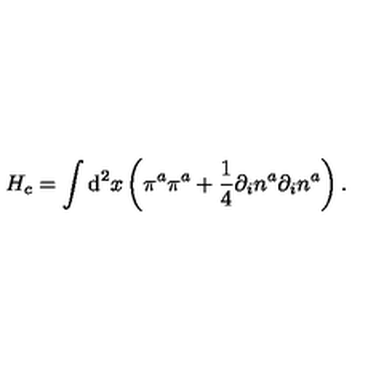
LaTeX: H _ { c } = \int \mathrm { d } ^ { 2 } x \left( \pi ^ { a } \pi ^ { a } + \frac { 1 } { 4 } \partial _ { i } n ^ { a } \partial _ { i } n ^ { a } \right) .